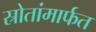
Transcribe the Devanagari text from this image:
स्रोतांमार्फत